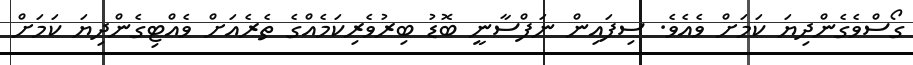
ގޯސްވެގެންދިޔަ ކަމަށް ވެއެވެ. ސިފައިން ނަފްސާނީ ބޮޑު ބިރުވެރިކަމެއްގެ ތެރެއަށް ވެއްޓިގެންދިޔަ ކަމަށް